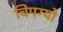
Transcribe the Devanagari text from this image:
चिपग्यो